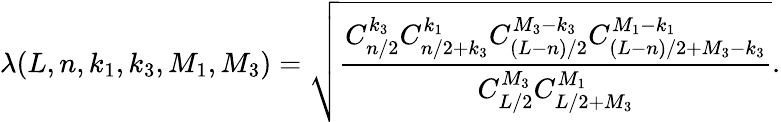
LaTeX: \lambda(L,n,k_{1},k_{3},M_{1},M_{3})=\sqrt{\frac{C_{n/2}^{k_{3}}C_{n/2+k_{3}}^{k_{1}}C_{(L-n)/2}^{M_{3}-k_{3}}C_{(L-n)/2+M_{3}-k_{3}}^{M_{1}-k_{1}}}{C_{L/2}^{M_{3}}C_{L/2+M_{3}}^{M_{1}}}}.